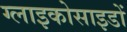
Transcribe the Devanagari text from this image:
ग्लाइकोसाइडों